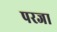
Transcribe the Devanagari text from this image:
परजा